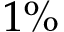
1 \%